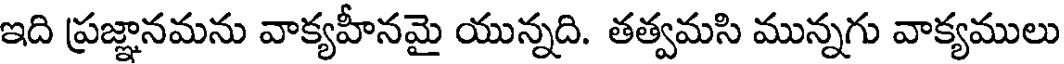
ఇది ప్రజ్ఞానమను వాక్యహీనమై యున్నది. తత్వమసి మున్నగు వాక్యములు